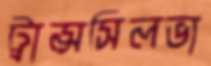
ট্রান্সসিলভা